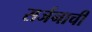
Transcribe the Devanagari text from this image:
सर्जनाची